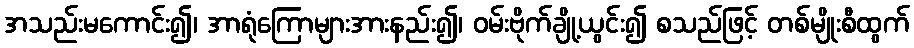
အသည်းမကောင်း၍၊ အာရုံကြောများအားနည်း၍၊ ဝမ်းဗိုက်ချို့ယွင်း၍ စသည်ဖြင့် တစ်မျိုးစီထွက်